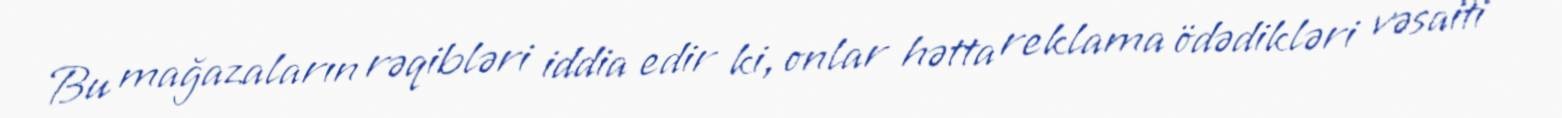
Bu mağazaların rəqibləri iddia edir ki, onlar hətta reklama ödədikləri vəsaiti